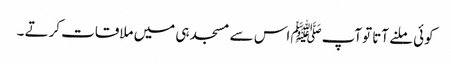
کوئی ملنے آتا توآپﷺ اس سے مسجد ہی میں ملاقات کرتے ۔